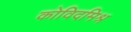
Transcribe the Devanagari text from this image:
कोविदमिश्र